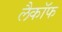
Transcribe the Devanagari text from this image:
लैकॉफ